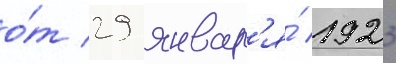
о́т 29 январ'я́ 1923